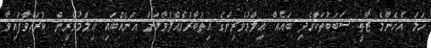
ހަމަ އެހެންމެ ޒާތީ ސަބަބުތަކާހެދި ބައެއް ޢިލްމުވެރިންގެ އިތުބާރުގެއްލުވާލަން އަނެއްބައި ޢިލްމުވެރިން ކުރައްވާފައިވާ